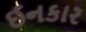
ઈનકાર